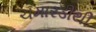
ચમારડીથી